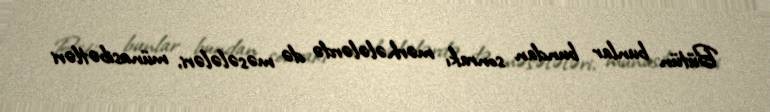
Bütün bunlar bundan sonrakı mərhələlərdə də məsələləri, münasibətləri